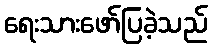
ရေးသားဖော်ပြခဲ့သည်